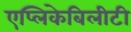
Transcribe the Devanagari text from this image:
एप्लिकेबिलीटी